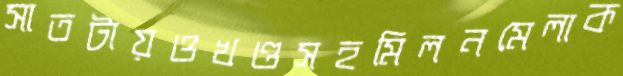
সাতটায়ওখণ্ডসহমিলনমেলাক